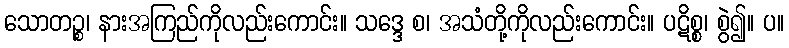
သောတဉ္စ၊ နားအကြည်ကိုလည်းကောင်း။ သဒ္ဒေ စ၊ အသံတို့ကိုလည်းကောင်း။ ပဋိစ္စ၊ စွဲ၍။ ပ။